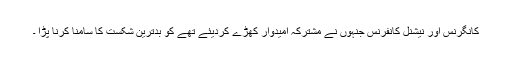
کانگرنس اور نیشنل کانفرنس جنہوں نے مشترکہ امیدوار کھڑے کردیئے تھے کو بدترین شکست کا سامنا کرنا پڑا ۔